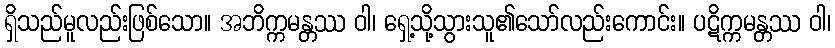
ရှိသည်မူလည်းဖြစ်သော။ အဘိက္ကမန္တဿ ဝါ၊ ရှေ့သို့သွားသူ၏သော်လည်းကောင်း။ ပဋိက္ကမန္တဿ ဝါ၊